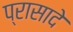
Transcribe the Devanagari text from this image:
प्रासादे